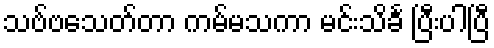
သဗ်ဗသေတ်တာ ကမ်မသကာ မင်းသိင်္ခ ပြီးပါပြီ